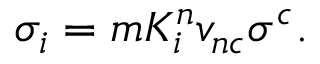
\sigma _ { i } = m K _ { i } ^ { n } v _ { n c } \sigma ^ { c } .